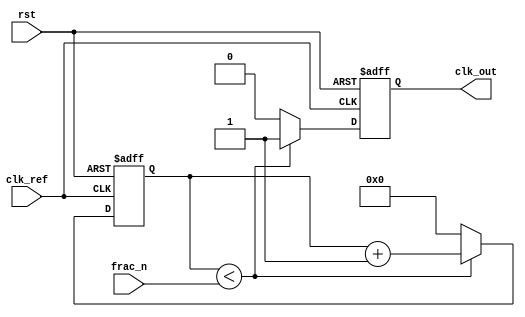
module fractional_pll (
    input wire clk_ref,      // Reference clock input
    input wire rst,          // Reset signal
    input wire [7:0] frac_n, // Fractional division ratio (e.g., 1.25 -> 125)
    output reg clk_out       // Output clock signal
);

// Parameters
parameter VCO_MAX_FREQ = 100; // Max VCO frequency for scaling
parameter VCO_MIN_FREQ = 10;   // Min VCO frequency for scaling

// Internal signals
reg [15:0] phase_error;       // Phase error signal
reg [15:0] filtered_error;    // Filtered error signal
reg [15:0] vco_freq;          // VCO frequency
reg [7:0] divider_cnt;        // Divider counter
reg [7:0] div_ratio;          // Actual division ratio

// Phase Detector (PD)
always @(posedge clk_ref or posedge rst) begin
    if (rst) begin
        phase_error <= 0;
    end else begin
        // Implement a simple phase detector by simulating a phase comparison
        // In a real implementation, this logic would be more complex
        if (clk_out) begin
            phase_error <= phase_error + 1; // For example, increment on positive edge
        end else begin
            phase_error <= phase_error - 1; // Decrement otherwise
        end
    end
end

// Loop Filter (LF) - Simple first-order filter
always @(posedge clk_ref or posedge rst) begin
    if (rst) begin
        filtered_error <= 0;
    end else begin
        filtered_error <= filtered_error + phase_error[15:8]; // Proportional term
    end
end

// Voltage-Controlled Oscillator (VCO) - Simple model
always @(posedge clk_ref or posedge rst) begin
    if (rst) begin
        vco_freq <= VCO_MIN_FREQ;
    end else begin
        // Adjust VCO frequency based on filtered error
        vco_freq <= vco_freq + (filtered_error[15:8] > 0 ? 1 : -1);
        // Clamp VCO frequency within MAX and MIN range
        if (vco_freq > VCO_MAX_FREQ) vco_freq <= VCO_MAX_FREQ;
        if (vco_freq < VCO_MIN_FREQ) vco_freq <= VCO_MIN_FREQ;
    end
end

// Fractional Divider - Simple implementation
always @(posedge clk_ref or posedge rst) begin
    if (rst) begin
        divider_cnt <= 0;
        clk_out <= 0;
    end else begin
        // Increment counter on VCO frequency
        if (divider_cnt < frac_n) begin
            divider_cnt <= divider_cnt + 1;
            clk_out <= 1; // Generate clock pulse
        end else begin
            clk_out <= 0; // Reset clock pulse
            divider_cnt <= 0; // Reset counter
        end
    end
end

endmodule